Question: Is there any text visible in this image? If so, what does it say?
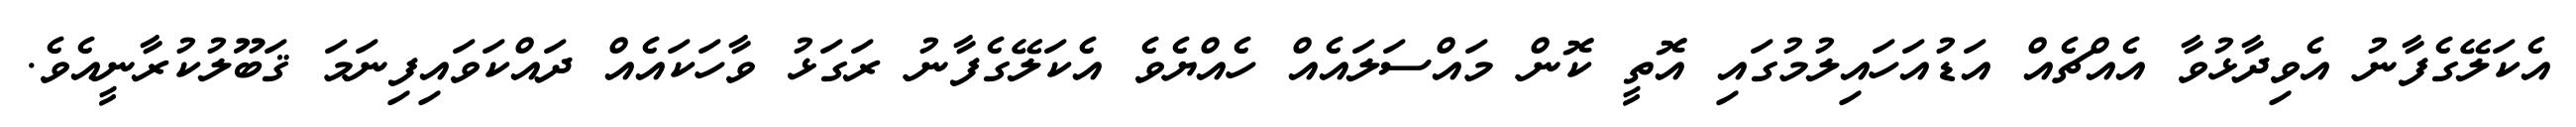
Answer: އެކަލޭގެފާނު އެވިދާޅުވާ އެއްޗެއް އަޑުއަހައިލުމުގައި އޮތީ ކޮން މައްސަލައެއް ހެއްޔެވެ އެކަލޭގެފާނު ރަގަޅު ވާހަކައެއް ދައްކަވައިފިނަމަ ޤަބޫލުކުރާނީއެވެ.